Lock hospitals Punjab
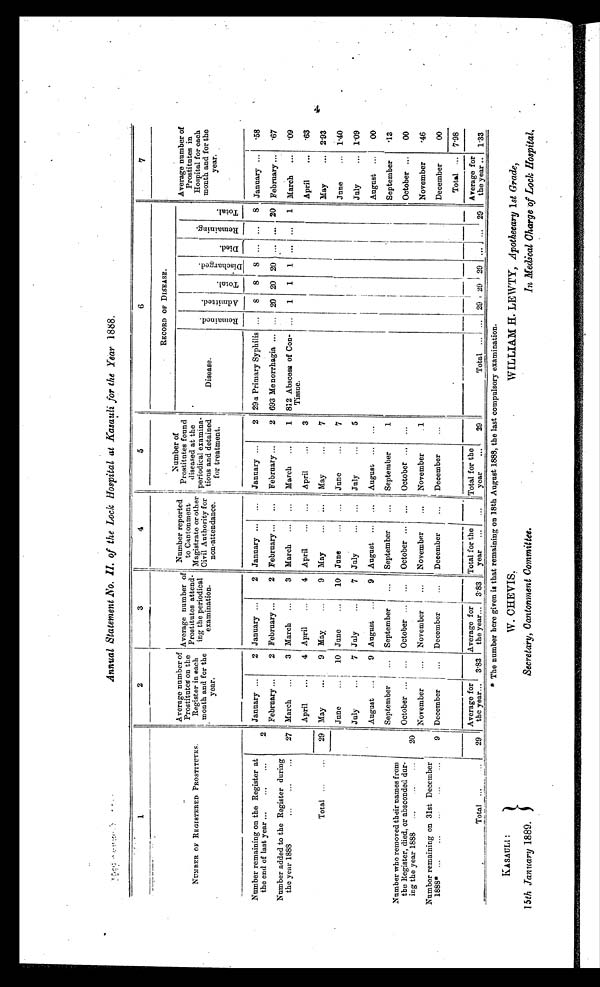
KASAULI :
15th January 1889.
W. CHEVIS.
Secretary, Cantonment Committee.
WILLIAM H. LEWTY, Apothecary 1st Grade
In Medical Charge of Lock Hospital.
Annual Statement .No. II. of the Lock Hospital at Kasauli for the Year 1888.
1
2
3
4
5
6
7
NUMBER OF REGISTERED PROSTITUTES.
Average number of
Prostitutes on the
Register in each
month and for the
year.
Average number of
Prostitutes attend-
ing the periodical
examination.
Number reported
to Cantonment
Magistrate or other
Civil Authority for
non -attendance.
Number of
Prostitutes found
diseased at the
periodical examina-
tions and detained
for treatment.
RECORD OF DISEASE.
Average number of
Prostitutes in
Hospital for each
month and for the
year.
Disease.
R e m a i n e d .
Admi t t ed.
T o t a l .
D i s c h a r g e d .
D i e d .
R e m a i n i n g .
T o t a l .
Number remaining on the Register at
the end of last year ...
...
. . .
Number added to the Register during
the year 1888
...
...
...
2
27
January ...
2 January ...
2 January ... ... January ...
2 29 a Primary Syphilis ... 8 8 8 ... ... 8 January ... .58
February ...
2 February ...
2 February ... ... February ...
2 693 Menorrhagia... ... 20 20 20 ... ... 20 February ... .67
March ...
3 March ...
3 March ... ... I March ...
1 812 Abscess of Con-
Tissue.
... 1 1 1 ... ... 1 March ... .09
April
...
4 April...
4 April
... ... April
...
3
April
... .63
May
... 2.93
Total ...
...
29 May
...
9 May
...
9 May
... ...
M a y . . .
7
June
... 1.40
Number who removed their names from
the Register, died, or absconded dur-
ing the year 1888 ...
..
...
Number remaining on 31st December
1888* ...
...
. . .
20
9
June
...
10 June
...
10 June
... ... June
. . .
7
July
...
7 July
...
7 July
... ... July
...
5
July
...
1 . 0 9
August ...
9 August ...
9 August ... ... August
. . . ...
August ...
00
September
... September
. . .
September
... September
1
September
. 1 3
October ... ... October ... ...
October ... ...
October ... . . .
October . . .
00
November
... November... ...
November
...
...
November...
1
November
. 4 6
December
... December
...
December...
...
December
...
December
00
Total ... 7.98
Total ...
.. 29
Average for
the year... 3.83
Average for
the year... 3.83
Total for the
year ...
...
Total for the
year
...
29
Total ... ... 29 29 29
. . . ... 29
Average for
the year .. 1.33
* The number here given is that remaining on 18th August 1888, the last compulsory examination.